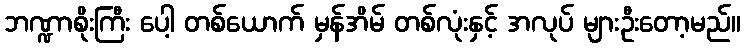
ဘဏ္ဍာစိုးကြီး ပေါ့ တစ်ယောက် မှန်အိမ် တစ်လုံးနှင့် အလုပ် များဦးတော့မည်။